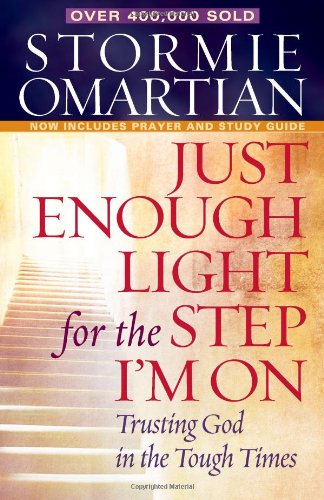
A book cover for Just Enough Light for the Step I'm On: Trusting God in the Tough Times; Stormie Omartian; Christian Books & Bibles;